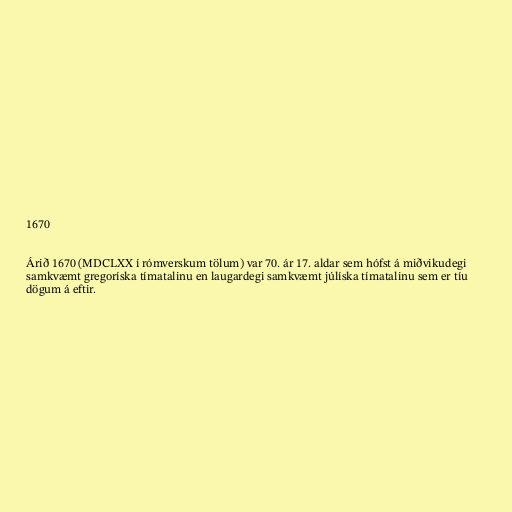
1670

Árið 1670 (MDCLXX í rómverskum tölum) var 70. ár 17. aldar sem hófst á miðvikudegi
samkvæmt gregoríska tímatalinu en laugardegi samkvæmt júlíska tímatalinu sem er tíu
dögum á eftir.